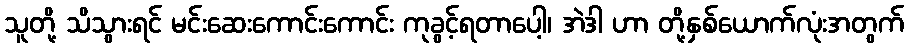
သူတို့ သိသွားရင် မင်းဆေးကောင်းကောင်း ကုခွင့်ရတာပေါ့၊ အဲဒါ ဟာ တို့နှစ်ယောက်လုံးအတွက်